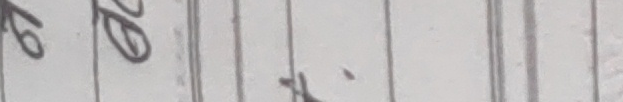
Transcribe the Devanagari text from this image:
के